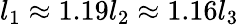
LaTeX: l_{1}\approx 1.19l_{2}\approx 1.16l_{3}